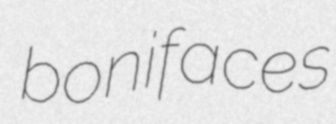
bonifaces